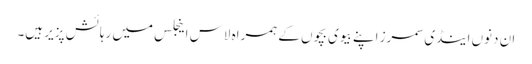
ان دنوں اینڈی سمرز اپنے بیوی بچوں کے ہمراہ لاس اینجلس میں رہائش پزیر ہیں۔